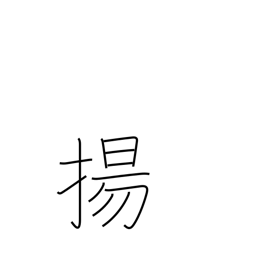
Meaning: fry in deep fat